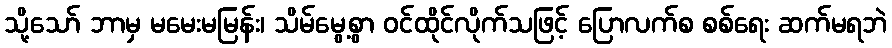
သို့သော် ဘာမှ မမေးမမြန်း၊ သိမ်မွေ့စွာ ဝင်ထိုင်လိုက်သဖြင့် ပြောလက်စ စစ်ရေး ဆက်မရဘဲ